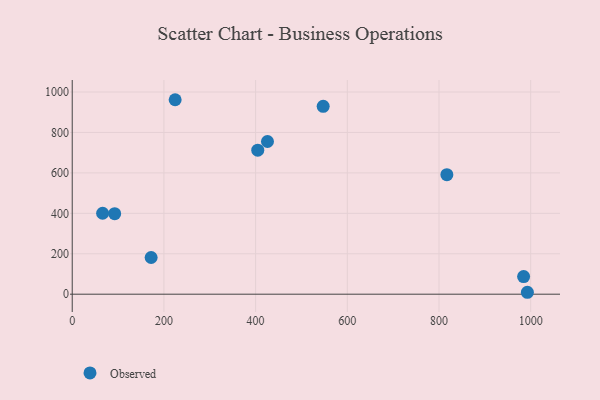
{"axis": {"x": "Distance", "y": "Exam Score"}, "legend": ["Observed"], "data": [{"x": "817.2", "y": 591.0, "type": "Observed"}, {"x": "992.8", "y": 9.5, "type": "Observed"}, {"x": "425.9", "y": 755.1, "type": "Observed"}, {"x": "404.7", "y": 712.4, "type": "Observed"}, {"x": "92.6", "y": 398.1, "type": "Observed"}, {"x": "172.1", "y": 181.6, "type": "Observed"}, {"x": "66.3", "y": 400.3, "type": "Observed"}, {"x": "547.4", "y": 929.3, "type": "Observed"}, {"x": "984.6", "y": 87.1, "type": "Observed"}, {"x": "224.5", "y": 961.8, "type": "Observed"}]}